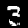
Label: 3